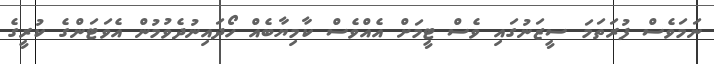
ނަމަވެސް ފުރަތަމަ ސީޒަނުގައި ވެސް ޓީމަށް އެއްވެސް ކާމިޔާބެއް ހޯދައިނުދެވުމުން އެވަޓަންގެ ކުރީގެ